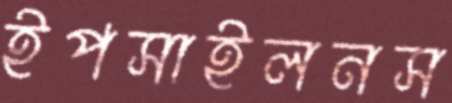
ইপসাইলনস